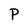
Character: P